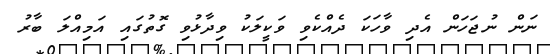
ނަން ނުޖަހަން އެދި ވާހަކަ ދެއްކެވި ވަކީލަކު ވިދާޅުވި ގޮތުގައި އަމިއްލަ ބާރު